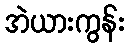
အဲယားကွန်း